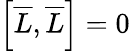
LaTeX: \left[{\overline{{L}}},{\overline{{L}}}\right]=0